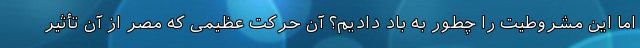
اما این مشروطیت را چطور به باد دادیم؟ آن حرکت عظیمی که مصر از آن تأثیر